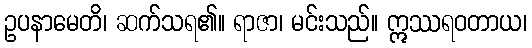
ဥပနာမေတိ၊ ဆက်သရ၏။ ရာဇာ၊ မင်းသည်။ ဣဿရဝတာယ၊